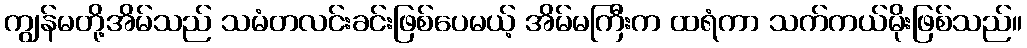
ကျွန်မတို့အိမ်သည် သမံတလင်းခင်းဖြစ်ပေမယ့် အိမ်မကြီးက ထရံကာ သက်ကယ်မိုးဖြစ်သည်။